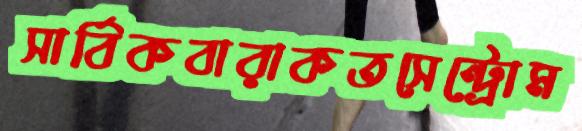
সার্বিকবারাকতসেন্ট্রোম